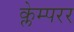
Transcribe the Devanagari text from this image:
क्लेम्परर